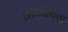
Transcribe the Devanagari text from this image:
अंजीदेवी